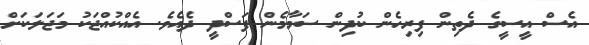
އެސް އީސީގެ ދެތިން ފިރިހެން ކުދިން ސަމާމެން ފަސްދީ ދެއެވެ. އެއްކުއްޖަކު މަޖަލަކަށް